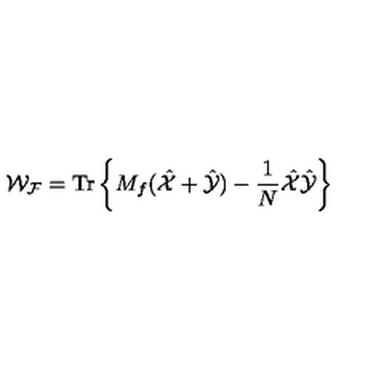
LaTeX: { \mathcal { W _ { F } } } = \mathrm { T r } \left\{ M _ { f } ( \hat { \mathcal { X } } + \hat { \mathcal { Y } } ) - \frac { 1 } { N } \hat { \mathcal { X } } \hat { \mathcal { Y } } \right\}